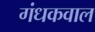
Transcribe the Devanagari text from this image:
गंधकवाल